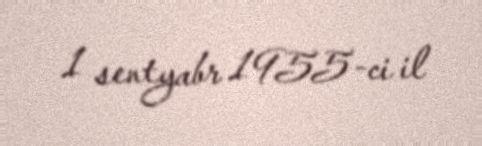
1 sentyabr 1955-ci il